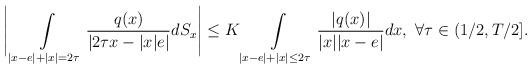
LaTeX: \begin{align*}\Bigg \lvert \int\limits_{\lvert x-e\rvert+\lvert x\rvert=2\tau}\frac{q(x)}{\lvert 2\tau x-\lvert x\rvert e\rvert}dS_{x}\Bigg\rvert \leq K \int\limits_{\lvert x-e\rvert+\lvert x\rvert\leq 2\tau}\frac{\lvert q(x)\rvert}{\lvert x\rvert \lvert x-e\rvert}dx,\ \forall\tau\in(1/2,T/2].\end{align*}